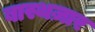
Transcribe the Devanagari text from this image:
बास्थज़ार